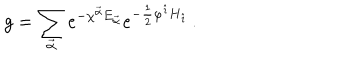
g = \sum _ { \vec { \alpha } } e ^ { - \chi ^ { \vec { \alpha } } E _ { \vec { \alpha } } } e ^ { - \frac { 1 } { 2 } \varphi ^ { \hat { \imath } } H _ { \hat { \imath } } } \, .